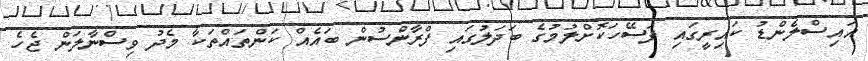
އައިސްލެންޑު ކައިރީގައި ފަސޭހަކޮށްލުމުގެ ބަދަލުގައި ފްރާންސުން ބައެއް ކަންތައްތަކާ މެދު ވިސްނާލަން ޖެހެ